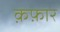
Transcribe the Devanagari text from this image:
क़फ़ार